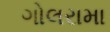
ગોલરામા